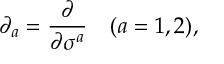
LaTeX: \partial _ { a } = { \frac { \partial } { \partial \sigma ^ { a } } } \quad ( a = 1 , 2 ) ,